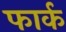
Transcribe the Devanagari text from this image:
फार्क